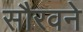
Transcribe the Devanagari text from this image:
सौरवने